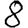
Digit: 8